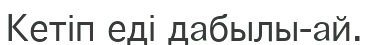
Кетіп еді дабылы-ай.